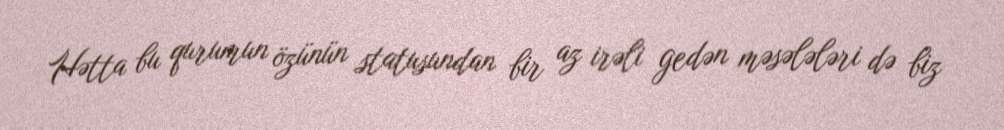
Hətta bu qurumun özünün statusundan bir az irəli gedən məsələləri də biz